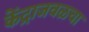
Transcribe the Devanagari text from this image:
केंद्राजवळचा